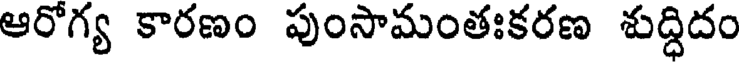
ఆరోగ్య కారణం పుంసామంతఃకరణ శుద్ధిదం